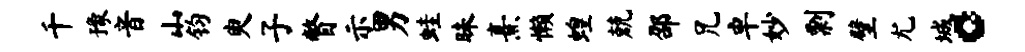
千豫音山钧臾子瞥示男蛙昧熹懒蝗兢邵兄卓妙剽壁尤城。